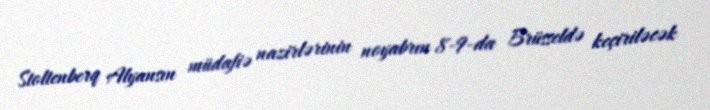
Stoltenberq Alyansın müdafiə nazirlərinin noyabrın 8-9-da Brüsseldə keçiriləcək